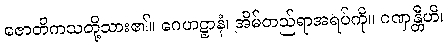
ဇောတိကသတို့သား၏။ ဂေဟဋ္ဌာနံ၊ အိမ်တည်ရာအရပ်ကို။ ဂဏှန္တီဟိ၊